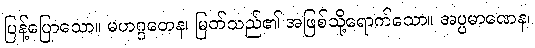
ပြန့်ပြောသော။ မဟဂ္ဂတေန၊ မြတ်သည်၏ အဖြစ်သို့ရောက်သော။ အပ္ပမာဏေန၊